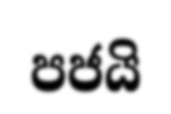
පජයි